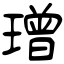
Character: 璔